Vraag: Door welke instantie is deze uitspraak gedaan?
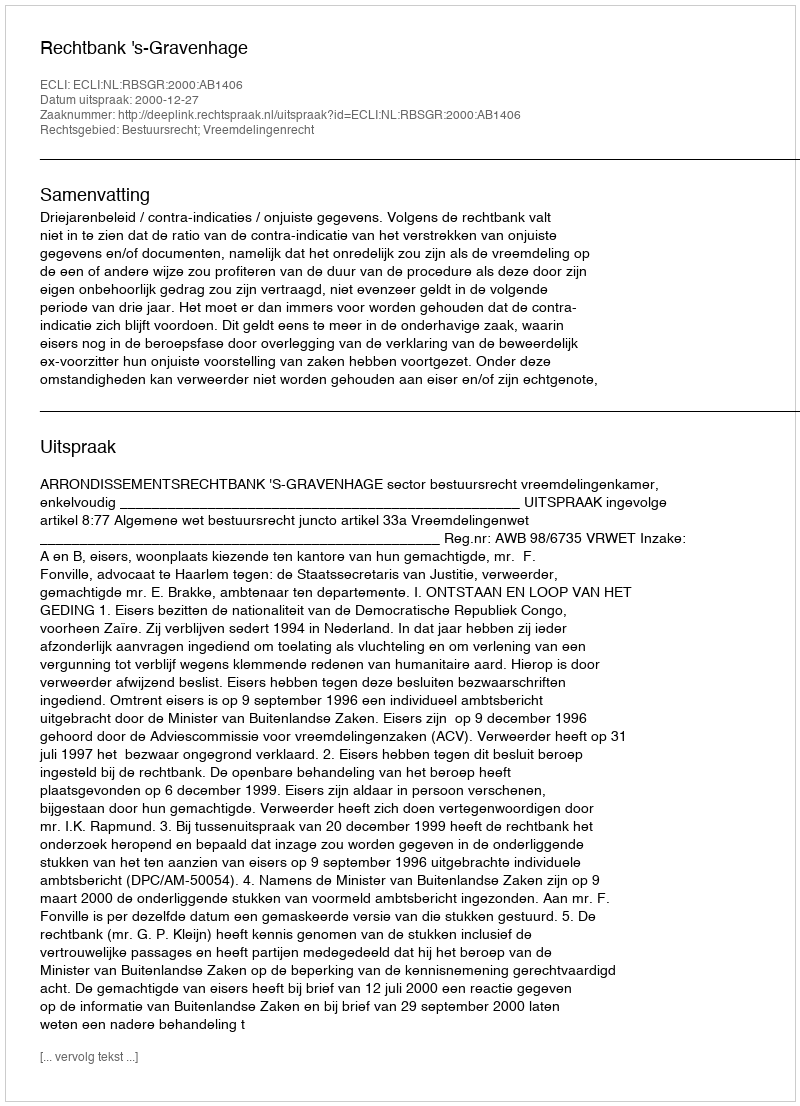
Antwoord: Rechtbank 's-Gravenhage